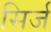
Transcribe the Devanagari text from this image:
सिर्ज